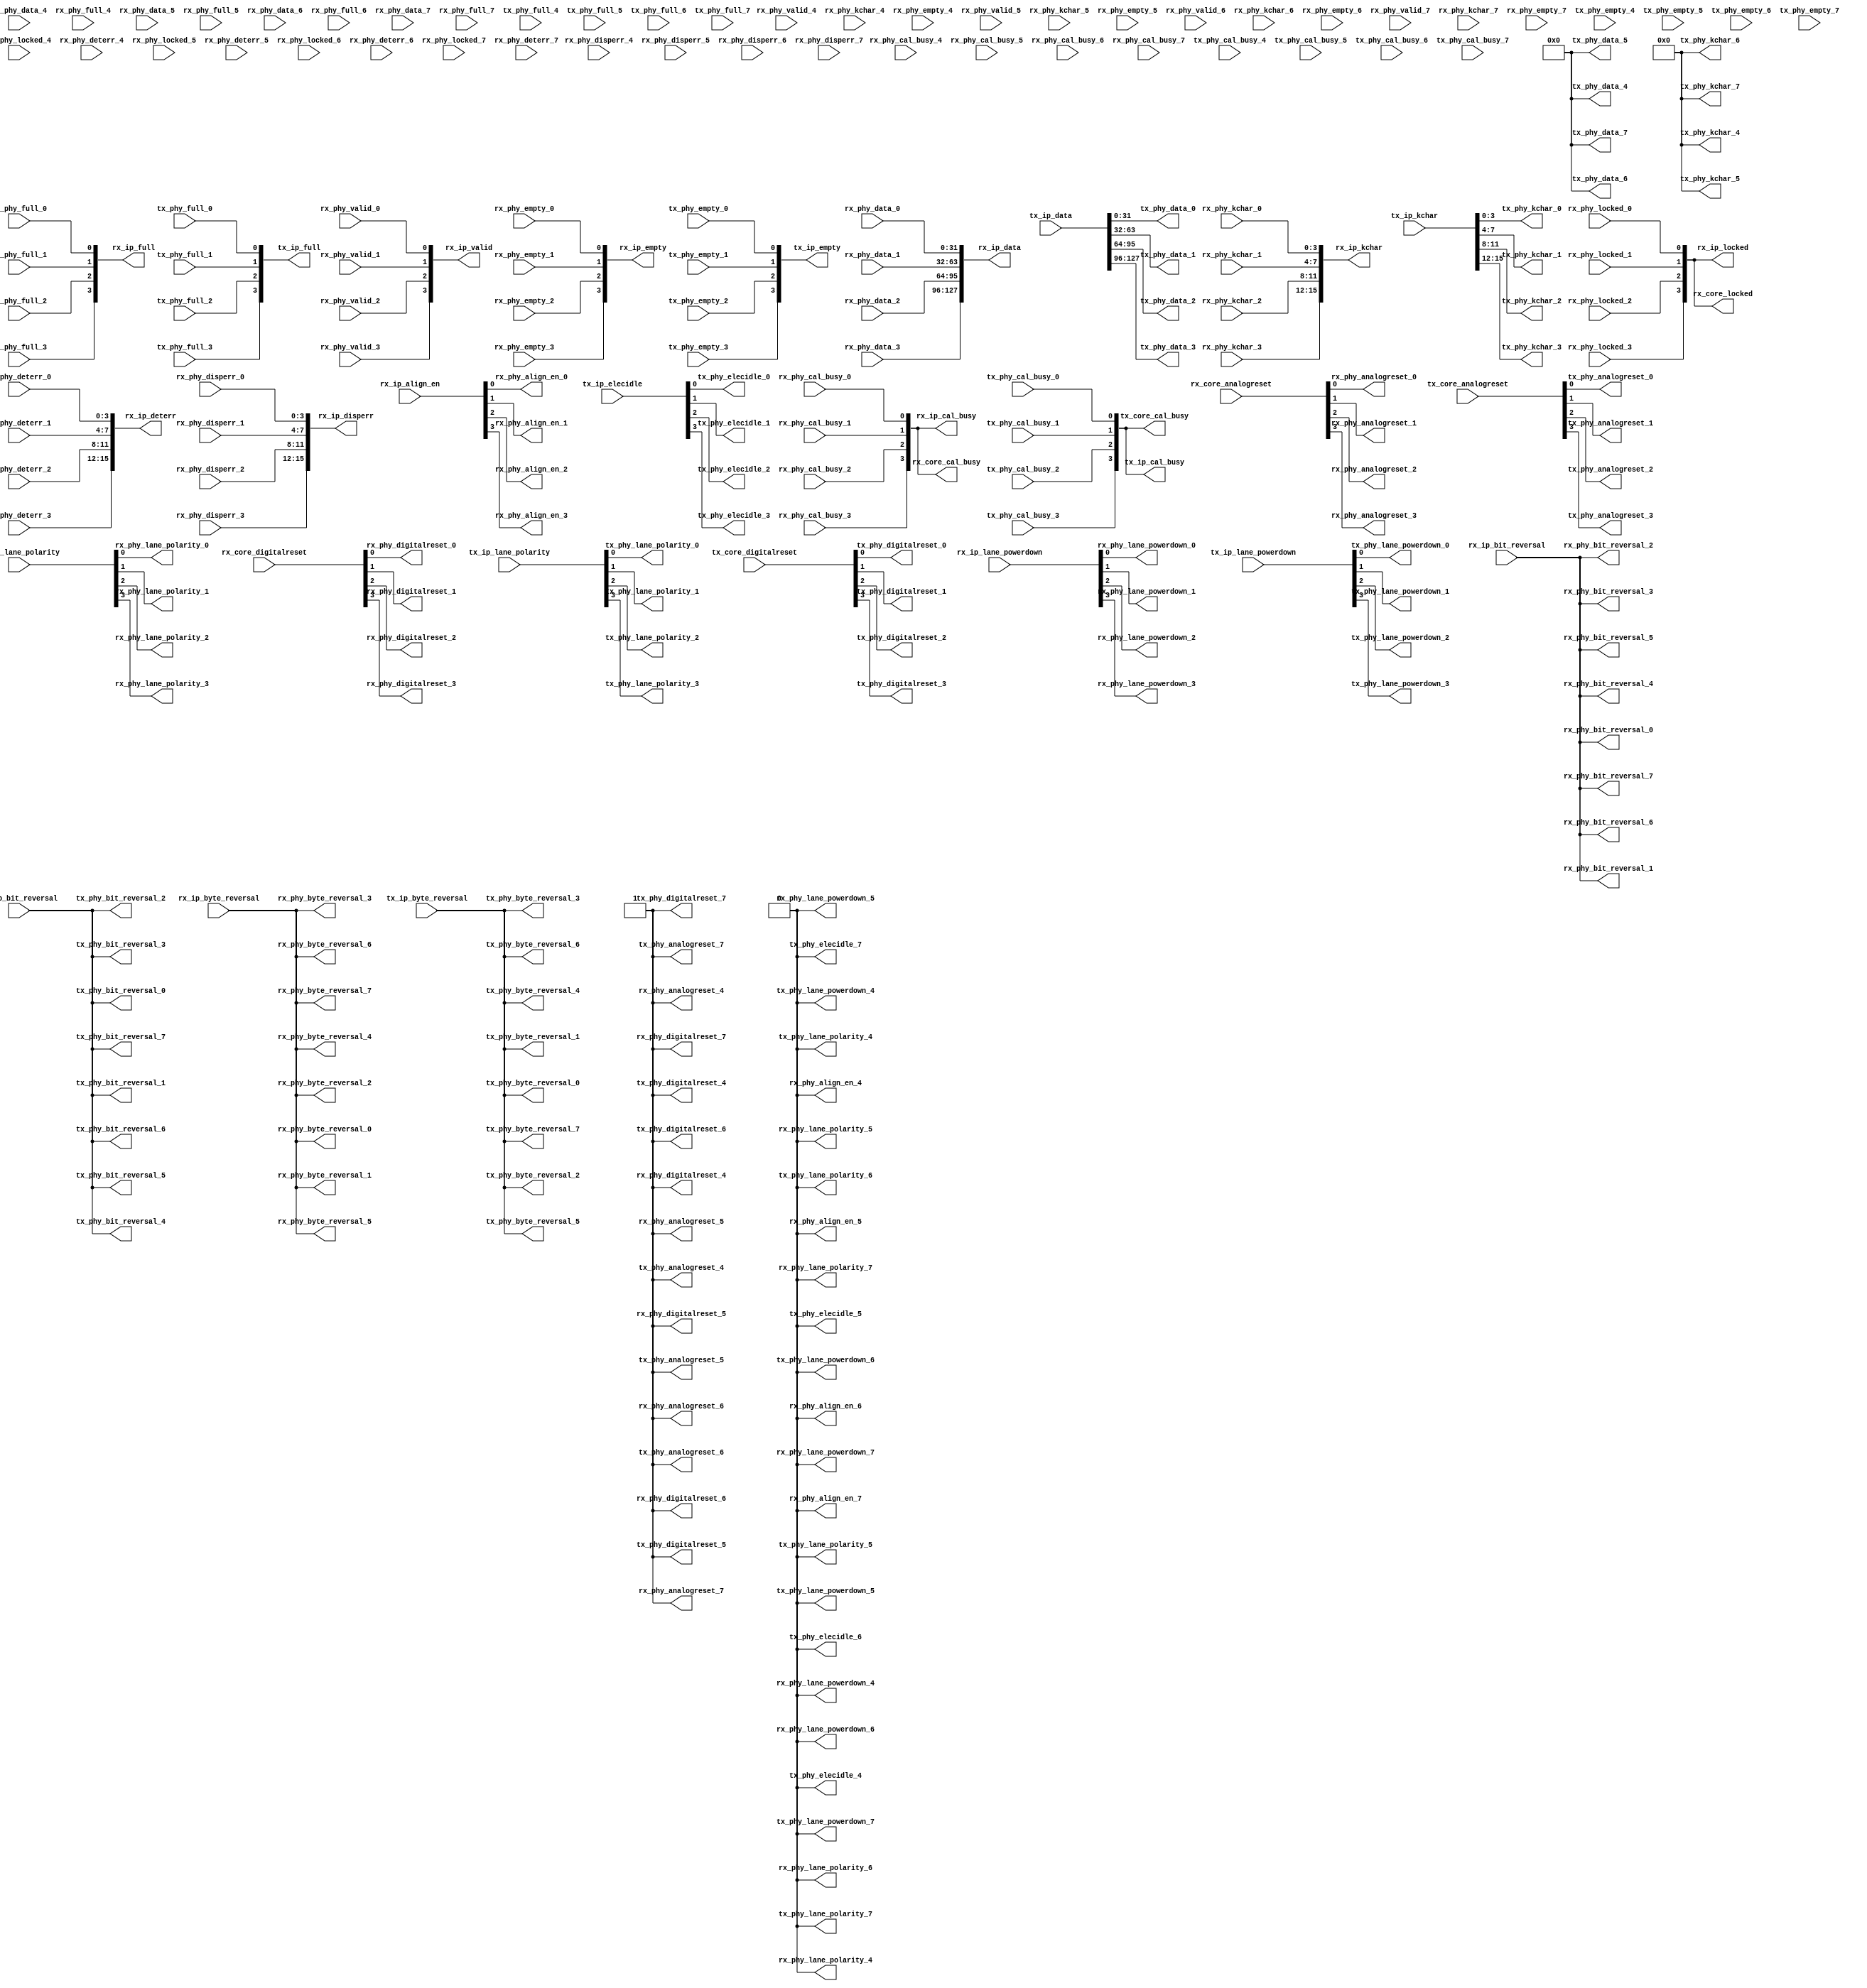
// ***************************************************************************
// ***************************************************************************
// Copyright 2014 - 2017 (c) Analog Devices, Inc. All rights reserved.
//
// In this HDL repository, there are many different and unique modules, consisting
// of various HDL (Verilog or VHDL) components. The individual modules are
// developed independently, and may be accompanied by separate and unique license
// terms.
//
// The user should read each of these license terms, and understand the
// freedoms and responsibilities that he or she has by using this source/core.
//
// This core is distributed in the hope that it will be useful, but WITHOUT ANY
// WARRANTY; without even the implied warranty of MERCHANTABILITY or FITNESS FOR
// A PARTICULAR PURPOSE.
//
// Redistribution and use of source or resulting binaries, with or without modification
// of this file, are permitted under one of the following two license terms:
//
//   1. The GNU General Public License version 2 as published by the
//      Free Software Foundation, which can be found in the top level directory
//      of this repository (LICENSE_GPL2), and also online at:
//      <https://www.gnu.org/licenses/old-licenses/gpl-2.0.html>
//
// OR
//
//   2. An ADI specific BSD license, which can be found in the top level directory
//      of this repository (LICENSE_ADIBSD), and also on-line at:
//      https://github.com/analogdevicesinc/hdl/blob/master/LICENSE_ADIBSD
//      This will allow to generate bit files and not release the source code,
//      as long as it attaches to an ADI device.
//
// ***************************************************************************
// ***************************************************************************
// AUTO GENERATED BY avl_adxphy.pl, DO NOT MODIFY!

`timescale 1ns/1ps

module avl_adxphy #(

  // parameters

  parameter   integer NUM_OF_LANES = 4
) (

  // rx-ip interface

  output  [((NUM_OF_LANES* 1)-1):0]   rx_ip_locked,
  output  [((NUM_OF_LANES* 1)-1):0]   rx_ip_cal_busy,
  output  [((NUM_OF_LANES* 1)-1):0]   rx_ip_valid,
  output  [((NUM_OF_LANES*32)-1):0]   rx_ip_data,
  output  [((NUM_OF_LANES* 4)-1):0]   rx_ip_disperr,
  output  [((NUM_OF_LANES* 4)-1):0]   rx_ip_deterr,
  output  [((NUM_OF_LANES* 4)-1):0]   rx_ip_kchar,
  output  [((NUM_OF_LANES* 1)-1):0]   rx_ip_full,
  output  [((NUM_OF_LANES* 1)-1):0]   rx_ip_empty,
  input   [((NUM_OF_LANES* 1)-1):0]   rx_ip_align_en,
  input   [((NUM_OF_LANES* 1)-1):0]   rx_ip_lane_polarity,
  input   [((NUM_OF_LANES* 1)-1):0]   rx_ip_lane_powerdown,
  input                               rx_ip_bit_reversal,
  input                               rx_ip_byte_reversal,

  // rx-phy interface(s)

  input                               rx_phy_locked_0,
  input                               rx_phy_cal_busy_0,
  input                               rx_phy_valid_0,
  input   [31:0]                      rx_phy_data_0,
  input   [ 3:0]                      rx_phy_disperr_0,
  input   [ 3:0]                      rx_phy_deterr_0,
  input   [ 3:0]                      rx_phy_kchar_0,
  input                               rx_phy_full_0,
  input                               rx_phy_empty_0,
  output                              rx_phy_align_en_0,
  output                              rx_phy_lane_polarity_0,
  output                              rx_phy_lane_powerdown_0,
  output                              rx_phy_bit_reversal_0,
  output                              rx_phy_byte_reversal_0,
  output                              rx_phy_analogreset_0,
  output                              rx_phy_digitalreset_0,

  input                               rx_phy_locked_1,
  input                               rx_phy_cal_busy_1,
  input                               rx_phy_valid_1,
  input   [31:0]                      rx_phy_data_1,
  input   [ 3:0]                      rx_phy_disperr_1,
  input   [ 3:0]                      rx_phy_deterr_1,
  input   [ 3:0]                      rx_phy_kchar_1,
  input                               rx_phy_full_1,
  input                               rx_phy_empty_1,
  output                              rx_phy_align_en_1,
  output                              rx_phy_lane_polarity_1,
  output                              rx_phy_lane_powerdown_1,
  output                              rx_phy_bit_reversal_1,
  output                              rx_phy_byte_reversal_1,
  output                              rx_phy_analogreset_1,
  output                              rx_phy_digitalreset_1,

  input                               rx_phy_locked_2,
  input                               rx_phy_cal_busy_2,
  input                               rx_phy_valid_2,
  input   [31:0]                      rx_phy_data_2,
  input   [ 3:0]                      rx_phy_disperr_2,
  input   [ 3:0]                      rx_phy_deterr_2,
  input   [ 3:0]                      rx_phy_kchar_2,
  input                               rx_phy_full_2,
  input                               rx_phy_empty_2,
  output                              rx_phy_align_en_2,
  output                              rx_phy_lane_polarity_2,
  output                              rx_phy_lane_powerdown_2,
  output                              rx_phy_bit_reversal_2,
  output                              rx_phy_byte_reversal_2,
  output                              rx_phy_analogreset_2,
  output                              rx_phy_digitalreset_2,

  input                               rx_phy_locked_3,
  input                               rx_phy_cal_busy_3,
  input                               rx_phy_valid_3,
  input   [31:0]                      rx_phy_data_3,
  input   [ 3:0]                      rx_phy_disperr_3,
  input   [ 3:0]                      rx_phy_deterr_3,
  input   [ 3:0]                      rx_phy_kchar_3,
  input                               rx_phy_full_3,
  input                               rx_phy_empty_3,
  output                              rx_phy_align_en_3,
  output                              rx_phy_lane_polarity_3,
  output                              rx_phy_lane_powerdown_3,
  output                              rx_phy_bit_reversal_3,
  output                              rx_phy_byte_reversal_3,
  output                              rx_phy_analogreset_3,
  output                              rx_phy_digitalreset_3,

  input                               rx_phy_locked_4,
  input                               rx_phy_cal_busy_4,
  input                               rx_phy_valid_4,
  input   [31:0]                      rx_phy_data_4,
  input   [ 3:0]                      rx_phy_disperr_4,
  input   [ 3:0]                      rx_phy_deterr_4,
  input   [ 3:0]                      rx_phy_kchar_4,
  input                               rx_phy_full_4,
  input                               rx_phy_empty_4,
  output                              rx_phy_align_en_4,
  output                              rx_phy_lane_polarity_4,
  output                              rx_phy_lane_powerdown_4,
  output                              rx_phy_bit_reversal_4,
  output                              rx_phy_byte_reversal_4,
  output                              rx_phy_analogreset_4,
  output                              rx_phy_digitalreset_4,

  input                               rx_phy_locked_5,
  input                               rx_phy_cal_busy_5,
  input                               rx_phy_valid_5,
  input   [31:0]                      rx_phy_data_5,
  input   [ 3:0]                      rx_phy_disperr_5,
  input   [ 3:0]                      rx_phy_deterr_5,
  input   [ 3:0]                      rx_phy_kchar_5,
  input                               rx_phy_full_5,
  input                               rx_phy_empty_5,
  output                              rx_phy_align_en_5,
  output                              rx_phy_lane_polarity_5,
  output                              rx_phy_lane_powerdown_5,
  output                              rx_phy_bit_reversal_5,
  output                              rx_phy_byte_reversal_5,
  output                              rx_phy_analogreset_5,
  output                              rx_phy_digitalreset_5,

  input                               rx_phy_locked_6,
  input                               rx_phy_cal_busy_6,
  input                               rx_phy_valid_6,
  input   [31:0]                      rx_phy_data_6,
  input   [ 3:0]                      rx_phy_disperr_6,
  input   [ 3:0]                      rx_phy_deterr_6,
  input   [ 3:0]                      rx_phy_kchar_6,
  input                               rx_phy_full_6,
  input                               rx_phy_empty_6,
  output                              rx_phy_align_en_6,
  output                              rx_phy_lane_polarity_6,
  output                              rx_phy_lane_powerdown_6,
  output                              rx_phy_bit_reversal_6,
  output                              rx_phy_byte_reversal_6,
  output                              rx_phy_analogreset_6,
  output                              rx_phy_digitalreset_6,

  input                               rx_phy_locked_7,
  input                               rx_phy_cal_busy_7,
  input                               rx_phy_valid_7,
  input   [31:0]                      rx_phy_data_7,
  input   [ 3:0]                      rx_phy_disperr_7,
  input   [ 3:0]                      rx_phy_deterr_7,
  input   [ 3:0]                      rx_phy_kchar_7,
  input                               rx_phy_full_7,
  input                               rx_phy_empty_7,
  output                              rx_phy_align_en_7,
  output                              rx_phy_lane_polarity_7,
  output                              rx_phy_lane_powerdown_7,
  output                              rx_phy_bit_reversal_7,
  output                              rx_phy_byte_reversal_7,
  output                              rx_phy_analogreset_7,
  output                              rx_phy_digitalreset_7,

  // rx-core interface

  input   [((NUM_OF_LANES* 1)-1):0]   rx_core_analogreset,
  input   [((NUM_OF_LANES* 1)-1):0]   rx_core_digitalreset,
  output  [((NUM_OF_LANES* 1)-1):0]   rx_core_locked,
  output  [((NUM_OF_LANES* 1)-1):0]   rx_core_cal_busy,

  // tx-ip interface

  output  [((NUM_OF_LANES* 1)-1):0]   tx_ip_cal_busy,
  output  [((NUM_OF_LANES* 1)-1):0]   tx_ip_full,
  output  [((NUM_OF_LANES* 1)-1):0]   tx_ip_empty,
  input   [((NUM_OF_LANES*32)-1):0]   tx_ip_data,
  input   [((NUM_OF_LANES* 4)-1):0]   tx_ip_kchar,
  input   [((NUM_OF_LANES* 1)-1):0]   tx_ip_elecidle,
  input   [((NUM_OF_LANES* 1)-1):0]   tx_ip_lane_polarity,
  input   [((NUM_OF_LANES* 1)-1):0]   tx_ip_lane_powerdown,
  input                               tx_ip_bit_reversal,
  input                               tx_ip_byte_reversal,

  // tx-phy interface

  input                               tx_phy_cal_busy_0,
  input                               tx_phy_full_0,
  input                               tx_phy_empty_0,
  output  [31:0]                      tx_phy_data_0,
  output  [ 3:0]                      tx_phy_kchar_0,
  output                              tx_phy_elecidle_0,
  output                              tx_phy_lane_polarity_0,
  output                              tx_phy_lane_powerdown_0,
  output                              tx_phy_bit_reversal_0,
  output                              tx_phy_byte_reversal_0,
  output                              tx_phy_analogreset_0,
  output                              tx_phy_digitalreset_0,

  input                               tx_phy_cal_busy_1,
  input                               tx_phy_full_1,
  input                               tx_phy_empty_1,
  output  [31:0]                      tx_phy_data_1,
  output  [ 3:0]                      tx_phy_kchar_1,
  output                              tx_phy_elecidle_1,
  output                              tx_phy_lane_polarity_1,
  output                              tx_phy_lane_powerdown_1,
  output                              tx_phy_bit_reversal_1,
  output                              tx_phy_byte_reversal_1,
  output                              tx_phy_analogreset_1,
  output                              tx_phy_digitalreset_1,

  input                               tx_phy_cal_busy_2,
  input                               tx_phy_full_2,
  input                               tx_phy_empty_2,
  output  [31:0]                      tx_phy_data_2,
  output  [ 3:0]                      tx_phy_kchar_2,
  output                              tx_phy_elecidle_2,
  output                              tx_phy_lane_polarity_2,
  output                              tx_phy_lane_powerdown_2,
  output                              tx_phy_bit_reversal_2,
  output                              tx_phy_byte_reversal_2,
  output                              tx_phy_analogreset_2,
  output                              tx_phy_digitalreset_2,

  input                               tx_phy_cal_busy_3,
  input                               tx_phy_full_3,
  input                               tx_phy_empty_3,
  output  [31:0]                      tx_phy_data_3,
  output  [ 3:0]                      tx_phy_kchar_3,
  output                              tx_phy_elecidle_3,
  output                              tx_phy_lane_polarity_3,
  output                              tx_phy_lane_powerdown_3,
  output                              tx_phy_bit_reversal_3,
  output                              tx_phy_byte_reversal_3,
  output                              tx_phy_analogreset_3,
  output                              tx_phy_digitalreset_3,

  input                               tx_phy_cal_busy_4,
  input                               tx_phy_full_4,
  input                               tx_phy_empty_4,
  output  [31:0]                      tx_phy_data_4,
  output  [ 3:0]                      tx_phy_kchar_4,
  output                              tx_phy_elecidle_4,
  output                              tx_phy_lane_polarity_4,
  output                              tx_phy_lane_powerdown_4,
  output                              tx_phy_bit_reversal_4,
  output                              tx_phy_byte_reversal_4,
  output                              tx_phy_analogreset_4,
  output                              tx_phy_digitalreset_4,

  input                               tx_phy_cal_busy_5,
  input                               tx_phy_full_5,
  input                               tx_phy_empty_5,
  output  [31:0]                      tx_phy_data_5,
  output  [ 3:0]                      tx_phy_kchar_5,
  output                              tx_phy_elecidle_5,
  output                              tx_phy_lane_polarity_5,
  output                              tx_phy_lane_powerdown_5,
  output                              tx_phy_bit_reversal_5,
  output                              tx_phy_byte_reversal_5,
  output                              tx_phy_analogreset_5,
  output                              tx_phy_digitalreset_5,

  input                               tx_phy_cal_busy_6,
  input                               tx_phy_full_6,
  input                               tx_phy_empty_6,
  output  [31:0]                      tx_phy_data_6,
  output  [ 3:0]                      tx_phy_kchar_6,
  output                              tx_phy_elecidle_6,
  output                              tx_phy_lane_polarity_6,
  output                              tx_phy_lane_powerdown_6,
  output                              tx_phy_bit_reversal_6,
  output                              tx_phy_byte_reversal_6,
  output                              tx_phy_analogreset_6,
  output                              tx_phy_digitalreset_6,

  input                               tx_phy_cal_busy_7,
  input                               tx_phy_full_7,
  input                               tx_phy_empty_7,
  output  [31:0]                      tx_phy_data_7,
  output  [ 3:0]                      tx_phy_kchar_7,
  output                              tx_phy_elecidle_7,
  output                              tx_phy_lane_polarity_7,
  output                              tx_phy_lane_powerdown_7,
  output                              tx_phy_bit_reversal_7,
  output                              tx_phy_byte_reversal_7,
  output                              tx_phy_analogreset_7,
  output                              tx_phy_digitalreset_7,

  // tx-core interface

  input   [((NUM_OF_LANES* 1)-1):0]   tx_core_analogreset,
  input   [((NUM_OF_LANES* 1)-1):0]   tx_core_digitalreset,
  output  [((NUM_OF_LANES* 1)-1):0]   tx_core_cal_busy
);

  // rx assignments

  generate
  if (NUM_OF_LANES > 0) begin
  assign rx_core_locked[0] = rx_phy_locked_0;
  assign rx_core_cal_busy[0] = rx_phy_cal_busy_0;
  assign rx_ip_locked[0] = rx_phy_locked_0;
  assign rx_ip_cal_busy[0] = rx_phy_cal_busy_0;
  assign rx_ip_valid[0] = rx_phy_valid_0;
  assign rx_ip_data[((32*1)-1):(32*0)] = rx_phy_data_0;
  assign rx_ip_disperr[((4*1)-1):(4*0)] = rx_phy_disperr_0;
  assign rx_ip_deterr[((4*1)-1):(4*0)] = rx_phy_deterr_0;
  assign rx_ip_kchar[((4*1)-1):(4*0)] = rx_phy_kchar_0;
  assign rx_ip_full[0] = rx_phy_full_0;
  assign rx_ip_empty[0] = rx_phy_empty_0;
  end
  endgenerate

  generate
  if (NUM_OF_LANES > 0) begin
  assign rx_phy_align_en_0 = rx_ip_align_en[0];
  assign rx_phy_lane_polarity_0 = rx_ip_lane_polarity[0];
  assign rx_phy_lane_powerdown_0 = rx_ip_lane_powerdown[0];
  assign rx_phy_analogreset_0 = rx_core_analogreset[0];
  assign rx_phy_digitalreset_0 = rx_core_digitalreset[0];
  end else begin
  assign rx_phy_align_en_0 = 1'd0;
  assign rx_phy_lane_polarity_0 = 1'd0;
  assign rx_phy_lane_powerdown_0 = 1'd0;
  assign rx_phy_analogreset_0 = 1'd1;
  assign rx_phy_digitalreset_0 = 1'd1;
  end
  endgenerate

  assign rx_phy_bit_reversal_0 = rx_ip_bit_reversal;
  assign rx_phy_byte_reversal_0 = rx_ip_byte_reversal;

  generate
  if (NUM_OF_LANES > 1) begin
  assign rx_core_locked[1] = rx_phy_locked_1;
  assign rx_core_cal_busy[1] = rx_phy_cal_busy_1;
  assign rx_ip_locked[1] = rx_phy_locked_1;
  assign rx_ip_cal_busy[1] = rx_phy_cal_busy_1;
  assign rx_ip_valid[1] = rx_phy_valid_1;
  assign rx_ip_data[((32*2)-1):(32*1)] = rx_phy_data_1;
  assign rx_ip_disperr[((4*2)-1):(4*1)] = rx_phy_disperr_1;
  assign rx_ip_deterr[((4*2)-1):(4*1)] = rx_phy_deterr_1;
  assign rx_ip_kchar[((4*2)-1):(4*1)] = rx_phy_kchar_1;
  assign rx_ip_full[1] = rx_phy_full_1;
  assign rx_ip_empty[1] = rx_phy_empty_1;
  end
  endgenerate

  generate
  if (NUM_OF_LANES > 1) begin
  assign rx_phy_align_en_1 = rx_ip_align_en[1];
  assign rx_phy_lane_polarity_1 = rx_ip_lane_polarity[1];
  assign rx_phy_lane_powerdown_1 = rx_ip_lane_powerdown[1];
  assign rx_phy_analogreset_1 = rx_core_analogreset[1];
  assign rx_phy_digitalreset_1 = rx_core_digitalreset[1];
  end else begin
  assign rx_phy_align_en_1 = 1'd0;
  assign rx_phy_lane_polarity_1 = 1'd0;
  assign rx_phy_lane_powerdown_1 = 1'd0;
  assign rx_phy_analogreset_1 = 1'd1;
  assign rx_phy_digitalreset_1 = 1'd1;
  end
  endgenerate

  assign rx_phy_bit_reversal_1 = rx_ip_bit_reversal;
  assign rx_phy_byte_reversal_1 = rx_ip_byte_reversal;

  generate
  if (NUM_OF_LANES > 2) begin
  assign rx_core_locked[2] = rx_phy_locked_2;
  assign rx_core_cal_busy[2] = rx_phy_cal_busy_2;
  assign rx_ip_locked[2] = rx_phy_locked_2;
  assign rx_ip_cal_busy[2] = rx_phy_cal_busy_2;
  assign rx_ip_valid[2] = rx_phy_valid_2;
  assign rx_ip_data[((32*3)-1):(32*2)] = rx_phy_data_2;
  assign rx_ip_disperr[((4*3)-1):(4*2)] = rx_phy_disperr_2;
  assign rx_ip_deterr[((4*3)-1):(4*2)] = rx_phy_deterr_2;
  assign rx_ip_kchar[((4*3)-1):(4*2)] = rx_phy_kchar_2;
  assign rx_ip_full[2] = rx_phy_full_2;
  assign rx_ip_empty[2] = rx_phy_empty_2;
  end
  endgenerate

  generate
  if (NUM_OF_LANES > 2) begin
  assign rx_phy_align_en_2 = rx_ip_align_en[2];
  assign rx_phy_lane_polarity_2 = rx_ip_lane_polarity[2];
  assign rx_phy_lane_powerdown_2 = rx_ip_lane_powerdown[2];
  assign rx_phy_analogreset_2 = rx_core_analogreset[2];
  assign rx_phy_digitalreset_2 = rx_core_digitalreset[2];
  end else begin
  assign rx_phy_align_en_2 = 1'd0;
  assign rx_phy_lane_polarity_2 = 1'd0;
  assign rx_phy_lane_powerdown_2 = 1'd0;
  assign rx_phy_analogreset_2 = 1'd1;
  assign rx_phy_digitalreset_2 = 1'd1;
  end
  endgenerate

  assign rx_phy_bit_reversal_2 = rx_ip_bit_reversal;
  assign rx_phy_byte_reversal_2 = rx_ip_byte_reversal;

  generate
  if (NUM_OF_LANES > 3) begin
  assign rx_core_locked[3] = rx_phy_locked_3;
  assign rx_core_cal_busy[3] = rx_phy_cal_busy_3;
  assign rx_ip_locked[3] = rx_phy_locked_3;
  assign rx_ip_cal_busy[3] = rx_phy_cal_busy_3;
  assign rx_ip_valid[3] = rx_phy_valid_3;
  assign rx_ip_data[((32*4)-1):(32*3)] = rx_phy_data_3;
  assign rx_ip_disperr[((4*4)-1):(4*3)] = rx_phy_disperr_3;
  assign rx_ip_deterr[((4*4)-1):(4*3)] = rx_phy_deterr_3;
  assign rx_ip_kchar[((4*4)-1):(4*3)] = rx_phy_kchar_3;
  assign rx_ip_full[3] = rx_phy_full_3;
  assign rx_ip_empty[3] = rx_phy_empty_3;
  end
  endgenerate

  generate
  if (NUM_OF_LANES > 3) begin
  assign rx_phy_align_en_3 = rx_ip_align_en[3];
  assign rx_phy_lane_polarity_3 = rx_ip_lane_polarity[3];
  assign rx_phy_lane_powerdown_3 = rx_ip_lane_powerdown[3];
  assign rx_phy_analogreset_3 = rx_core_analogreset[3];
  assign rx_phy_digitalreset_3 = rx_core_digitalreset[3];
  end else begin
  assign rx_phy_align_en_3 = 1'd0;
  assign rx_phy_lane_polarity_3 = 1'd0;
  assign rx_phy_lane_powerdown_3 = 1'd0;
  assign rx_phy_analogreset_3 = 1'd1;
  assign rx_phy_digitalreset_3 = 1'd1;
  end
  endgenerate

  assign rx_phy_bit_reversal_3 = rx_ip_bit_reversal;
  assign rx_phy_byte_reversal_3 = rx_ip_byte_reversal;

  generate
  if (NUM_OF_LANES > 4) begin
  assign rx_core_locked[4] = rx_phy_locked_4;
  assign rx_core_cal_busy[4] = rx_phy_cal_busy_4;
  assign rx_ip_locked[4] = rx_phy_locked_4;
  assign rx_ip_cal_busy[4] = rx_phy_cal_busy_4;
  assign rx_ip_valid[4] = rx_phy_valid_4;
  assign rx_ip_data[((32*5)-1):(32*4)] = rx_phy_data_4;
  assign rx_ip_disperr[((4*5)-1):(4*4)] = rx_phy_disperr_4;
  assign rx_ip_deterr[((4*5)-1):(4*4)] = rx_phy_deterr_4;
  assign rx_ip_kchar[((4*5)-1):(4*4)] = rx_phy_kchar_4;
  assign rx_ip_full[4] = rx_phy_full_4;
  assign rx_ip_empty[4] = rx_phy_empty_4;
  end
  endgenerate

  generate
  if (NUM_OF_LANES > 4) begin
  assign rx_phy_align_en_4 = rx_ip_align_en[4];
  assign rx_phy_lane_polarity_4 = rx_ip_lane_polarity[4];
  assign rx_phy_lane_powerdown_4 = rx_ip_lane_powerdown[4];
  assign rx_phy_analogreset_4 = rx_core_analogreset[4];
  assign rx_phy_digitalreset_4 = rx_core_digitalreset[4];
  end else begin
  assign rx_phy_align_en_4 = 1'd0;
  assign rx_phy_lane_polarity_4 = 1'd0;
  assign rx_phy_lane_powerdown_4 = 1'd0;
  assign rx_phy_analogreset_4 = 1'd1;
  assign rx_phy_digitalreset_4 = 1'd1;
  end
  endgenerate

  assign rx_phy_bit_reversal_4 = rx_ip_bit_reversal;
  assign rx_phy_byte_reversal_4 = rx_ip_byte_reversal;

  generate
  if (NUM_OF_LANES > 5) begin
  assign rx_core_locked[5] = rx_phy_locked_5;
  assign rx_core_cal_busy[5] = rx_phy_cal_busy_5;
  assign rx_ip_locked[5] = rx_phy_locked_5;
  assign rx_ip_cal_busy[5] = rx_phy_cal_busy_5;
  assign rx_ip_valid[5] = rx_phy_valid_5;
  assign rx_ip_data[((32*6)-1):(32*5)] = rx_phy_data_5;
  assign rx_ip_disperr[((4*6)-1):(4*5)] = rx_phy_disperr_5;
  assign rx_ip_deterr[((4*6)-1):(4*5)] = rx_phy_deterr_5;
  assign rx_ip_kchar[((4*6)-1):(4*5)] = rx_phy_kchar_5;
  assign rx_ip_full[5] = rx_phy_full_5;
  assign rx_ip_empty[5] = rx_phy_empty_5;
  end
  endgenerate

  generate
  if (NUM_OF_LANES > 5) begin
  assign rx_phy_align_en_5 = rx_ip_align_en[5];
  assign rx_phy_lane_polarity_5 = rx_ip_lane_polarity[5];
  assign rx_phy_lane_powerdown_5 = rx_ip_lane_powerdown[5];
  assign rx_phy_analogreset_5 = rx_core_analogreset[5];
  assign rx_phy_digitalreset_5 = rx_core_digitalreset[5];
  end else begin
  assign rx_phy_align_en_5 = 1'd0;
  assign rx_phy_lane_polarity_5 = 1'd0;
  assign rx_phy_lane_powerdown_5 = 1'd0;
  assign rx_phy_analogreset_5 = 1'd1;
  assign rx_phy_digitalreset_5 = 1'd1;
  end
  endgenerate

  assign rx_phy_bit_reversal_5 = rx_ip_bit_reversal;
  assign rx_phy_byte_reversal_5 = rx_ip_byte_reversal;

  generate
  if (NUM_OF_LANES > 6) begin
  assign rx_core_locked[6] = rx_phy_locked_6;
  assign rx_core_cal_busy[6] = rx_phy_cal_busy_6;
  assign rx_ip_locked[6] = rx_phy_locked_6;
  assign rx_ip_cal_busy[6] = rx_phy_cal_busy_6;
  assign rx_ip_valid[6] = rx_phy_valid_6;
  assign rx_ip_data[((32*7)-1):(32*6)] = rx_phy_data_6;
  assign rx_ip_disperr[((4*7)-1):(4*6)] = rx_phy_disperr_6;
  assign rx_ip_deterr[((4*7)-1):(4*6)] = rx_phy_deterr_6;
  assign rx_ip_kchar[((4*7)-1):(4*6)] = rx_phy_kchar_6;
  assign rx_ip_full[6] = rx_phy_full_6;
  assign rx_ip_empty[6] = rx_phy_empty_6;
  end
  endgenerate

  generate
  if (NUM_OF_LANES > 6) begin
  assign rx_phy_align_en_6 = rx_ip_align_en[6];
  assign rx_phy_lane_polarity_6 = rx_ip_lane_polarity[6];
  assign rx_phy_lane_powerdown_6 = rx_ip_lane_powerdown[6];
  assign rx_phy_analogreset_6 = rx_core_analogreset[6];
  assign rx_phy_digitalreset_6 = rx_core_digitalreset[6];
  end else begin
  assign rx_phy_align_en_6 = 1'd0;
  assign rx_phy_lane_polarity_6 = 1'd0;
  assign rx_phy_lane_powerdown_6 = 1'd0;
  assign rx_phy_analogreset_6 = 1'd1;
  assign rx_phy_digitalreset_6 = 1'd1;
  end
  endgenerate

  assign rx_phy_bit_reversal_6 = rx_ip_bit_reversal;
  assign rx_phy_byte_reversal_6 = rx_ip_byte_reversal;

  generate
  if (NUM_OF_LANES > 7) begin
  assign rx_core_locked[7] = rx_phy_locked_7;
  assign rx_core_cal_busy[7] = rx_phy_cal_busy_7;
  assign rx_ip_locked[7] = rx_phy_locked_7;
  assign rx_ip_cal_busy[7] = rx_phy_cal_busy_7;
  assign rx_ip_valid[7] = rx_phy_valid_7;
  assign rx_ip_data[((32*8)-1):(32*7)] = rx_phy_data_7;
  assign rx_ip_disperr[((4*8)-1):(4*7)] = rx_phy_disperr_7;
  assign rx_ip_deterr[((4*8)-1):(4*7)] = rx_phy_deterr_7;
  assign rx_ip_kchar[((4*8)-1):(4*7)] = rx_phy_kchar_7;
  assign rx_ip_full[7] = rx_phy_full_7;
  assign rx_ip_empty[7] = rx_phy_empty_7;
  end
  endgenerate

  generate
  if (NUM_OF_LANES > 7) begin
  assign rx_phy_align_en_7 = rx_ip_align_en[7];
  assign rx_phy_lane_polarity_7 = rx_ip_lane_polarity[7];
  assign rx_phy_lane_powerdown_7 = rx_ip_lane_powerdown[7];
  assign rx_phy_analogreset_7 = rx_core_analogreset[7];
  assign rx_phy_digitalreset_7 = rx_core_digitalreset[7];
  end else begin
  assign rx_phy_align_en_7 = 1'd0;
  assign rx_phy_lane_polarity_7 = 1'd0;
  assign rx_phy_lane_powerdown_7 = 1'd0;
  assign rx_phy_analogreset_7 = 1'd1;
  assign rx_phy_digitalreset_7 = 1'd1;
  end
  endgenerate

  assign rx_phy_bit_reversal_7 = rx_ip_bit_reversal;
  assign rx_phy_byte_reversal_7 = rx_ip_byte_reversal;

  // tx assignments

  generate
  if (NUM_OF_LANES > 0) begin
  assign tx_core_cal_busy[0] = tx_phy_cal_busy_0;
  assign tx_ip_cal_busy[0] = tx_phy_cal_busy_0;
  assign tx_ip_full[0] = tx_phy_full_0;
  assign tx_ip_empty[0] = tx_phy_empty_0;
  end
  endgenerate

  generate
  if (NUM_OF_LANES > 0) begin
  assign tx_phy_data_0 = tx_ip_data[((32*1)-1):(32*0)];
  assign tx_phy_kchar_0 = tx_ip_kchar[((4*1)-1):(4*0)];
  assign tx_phy_elecidle_0 = tx_ip_elecidle[0];
  assign tx_phy_lane_polarity_0 = tx_ip_lane_polarity[0];
  assign tx_phy_lane_powerdown_0 = tx_ip_lane_powerdown[0];
  end else begin
  assign tx_phy_data_0 = 32'd0;
  assign tx_phy_kchar_0 = 4'd0;
  assign tx_phy_elecidle_0 = 1'd0;
  assign tx_phy_lane_polarity_0 = 1'd0;
  assign tx_phy_lane_powerdown_0 = 1'd0;
  end
  endgenerate

  generate
  if (NUM_OF_LANES > 0) begin
  assign tx_phy_analogreset_0 = tx_core_analogreset[0];
  assign tx_phy_digitalreset_0 = tx_core_digitalreset[0];
  end else begin
  assign tx_phy_analogreset_0 = 1'd1;
  assign tx_phy_digitalreset_0 = 1'd1;
  end
  endgenerate

  assign tx_phy_bit_reversal_0 = tx_ip_bit_reversal;
  assign tx_phy_byte_reversal_0 = tx_ip_byte_reversal;

  generate
  if (NUM_OF_LANES > 1) begin
  assign tx_core_cal_busy[1] = tx_phy_cal_busy_1;
  assign tx_ip_cal_busy[1] = tx_phy_cal_busy_1;
  assign tx_ip_full[1] = tx_phy_full_1;
  assign tx_ip_empty[1] = tx_phy_empty_1;
  end
  endgenerate

  generate
  if (NUM_OF_LANES > 1) begin
  assign tx_phy_data_1 = tx_ip_data[((32*2)-1):(32*1)];
  assign tx_phy_kchar_1 = tx_ip_kchar[((4*2)-1):(4*1)];
  assign tx_phy_elecidle_1 = tx_ip_elecidle[1];
  assign tx_phy_lane_polarity_1 = tx_ip_lane_polarity[1];
  assign tx_phy_lane_powerdown_1 = tx_ip_lane_powerdown[1];
  end else begin
  assign tx_phy_data_1 = 32'd0;
  assign tx_phy_kchar_1 = 4'd0;
  assign tx_phy_elecidle_1 = 1'd0;
  assign tx_phy_lane_polarity_1 = 1'd0;
  assign tx_phy_lane_powerdown_1 = 1'd0;
  end
  endgenerate

  generate
  if (NUM_OF_LANES > 1) begin
  assign tx_phy_analogreset_1 = tx_core_analogreset[1];
  assign tx_phy_digitalreset_1 = tx_core_digitalreset[1];
  end else begin
  assign tx_phy_analogreset_1 = 1'd1;
  assign tx_phy_digitalreset_1 = 1'd1;
  end
  endgenerate

  assign tx_phy_bit_reversal_1 = tx_ip_bit_reversal;
  assign tx_phy_byte_reversal_1 = tx_ip_byte_reversal;

  generate
  if (NUM_OF_LANES > 2) begin
  assign tx_core_cal_busy[2] = tx_phy_cal_busy_2;
  assign tx_ip_cal_busy[2] = tx_phy_cal_busy_2;
  assign tx_ip_full[2] = tx_phy_full_2;
  assign tx_ip_empty[2] = tx_phy_empty_2;
  end
  endgenerate

  generate
  if (NUM_OF_LANES > 2) begin
  assign tx_phy_data_2 = tx_ip_data[((32*3)-1):(32*2)];
  assign tx_phy_kchar_2 = tx_ip_kchar[((4*3)-1):(4*2)];
  assign tx_phy_elecidle_2 = tx_ip_elecidle[2];
  assign tx_phy_lane_polarity_2 = tx_ip_lane_polarity[2];
  assign tx_phy_lane_powerdown_2 = tx_ip_lane_powerdown[2];
  end else begin
  assign tx_phy_data_2 = 32'd0;
  assign tx_phy_kchar_2 = 4'd0;
  assign tx_phy_elecidle_2 = 1'd0;
  assign tx_phy_lane_polarity_2 = 1'd0;
  assign tx_phy_lane_powerdown_2 = 1'd0;
  end
  endgenerate

  generate
  if (NUM_OF_LANES > 2) begin
  assign tx_phy_analogreset_2 = tx_core_analogreset[2];
  assign tx_phy_digitalreset_2 = tx_core_digitalreset[2];
  end else begin
  assign tx_phy_analogreset_2 = 1'd1;
  assign tx_phy_digitalreset_2 = 1'd1;
  end
  endgenerate

  assign tx_phy_bit_reversal_2 = tx_ip_bit_reversal;
  assign tx_phy_byte_reversal_2 = tx_ip_byte_reversal;

  generate
  if (NUM_OF_LANES > 3) begin
  assign tx_core_cal_busy[3] = tx_phy_cal_busy_3;
  assign tx_ip_cal_busy[3] = tx_phy_cal_busy_3;
  assign tx_ip_full[3] = tx_phy_full_3;
  assign tx_ip_empty[3] = tx_phy_empty_3;
  end
  endgenerate

  generate
  if (NUM_OF_LANES > 3) begin
  assign tx_phy_data_3 = tx_ip_data[((32*4)-1):(32*3)];
  assign tx_phy_kchar_3 = tx_ip_kchar[((4*4)-1):(4*3)];
  assign tx_phy_elecidle_3 = tx_ip_elecidle[3];
  assign tx_phy_lane_polarity_3 = tx_ip_lane_polarity[3];
  assign tx_phy_lane_powerdown_3 = tx_ip_lane_powerdown[3];
  end else begin
  assign tx_phy_data_3 = 32'd0;
  assign tx_phy_kchar_3 = 4'd0;
  assign tx_phy_elecidle_3 = 1'd0;
  assign tx_phy_lane_polarity_3 = 1'd0;
  assign tx_phy_lane_powerdown_3 = 1'd0;
  end
  endgenerate

  generate
  if (NUM_OF_LANES > 3) begin
  assign tx_phy_analogreset_3 = tx_core_analogreset[3];
  assign tx_phy_digitalreset_3 = tx_core_digitalreset[3];
  end else begin
  assign tx_phy_analogreset_3 = 1'd1;
  assign tx_phy_digitalreset_3 = 1'd1;
  end
  endgenerate

  assign tx_phy_bit_reversal_3 = tx_ip_bit_reversal;
  assign tx_phy_byte_reversal_3 = tx_ip_byte_reversal;

  generate
  if (NUM_OF_LANES > 4) begin
  assign tx_core_cal_busy[4] = tx_phy_cal_busy_4;
  assign tx_ip_cal_busy[4] = tx_phy_cal_busy_4;
  assign tx_ip_full[4] = tx_phy_full_4;
  assign tx_ip_empty[4] = tx_phy_empty_4;
  end
  endgenerate

  generate
  if (NUM_OF_LANES > 4) begin
  assign tx_phy_data_4 = tx_ip_data[((32*5)-1):(32*4)];
  assign tx_phy_kchar_4 = tx_ip_kchar[((4*5)-1):(4*4)];
  assign tx_phy_elecidle_4 = tx_ip_elecidle[4];
  assign tx_phy_lane_polarity_4 = tx_ip_lane_polarity[4];
  assign tx_phy_lane_powerdown_4 = tx_ip_lane_powerdown[4];
  end else begin
  assign tx_phy_data_4 = 32'd0;
  assign tx_phy_kchar_4 = 4'd0;
  assign tx_phy_elecidle_4 = 1'd0;
  assign tx_phy_lane_polarity_4 = 1'd0;
  assign tx_phy_lane_powerdown_4 = 1'd0;
  end
  endgenerate

  generate
  if (NUM_OF_LANES > 4) begin
  assign tx_phy_analogreset_4 = tx_core_analogreset[4];
  assign tx_phy_digitalreset_4 = tx_core_digitalreset[4];
  end else begin
  assign tx_phy_analogreset_4 = 1'd1;
  assign tx_phy_digitalreset_4 = 1'd1;
  end
  endgenerate

  assign tx_phy_bit_reversal_4 = tx_ip_bit_reversal;
  assign tx_phy_byte_reversal_4 = tx_ip_byte_reversal;

  generate
  if (NUM_OF_LANES > 5) begin
  assign tx_core_cal_busy[5] = tx_phy_cal_busy_5;
  assign tx_ip_cal_busy[5] = tx_phy_cal_busy_5;
  assign tx_ip_full[5] = tx_phy_full_5;
  assign tx_ip_empty[5] = tx_phy_empty_5;
  end
  endgenerate

  generate
  if (NUM_OF_LANES > 5) begin
  assign tx_phy_data_5 = tx_ip_data[((32*6)-1):(32*5)];
  assign tx_phy_kchar_5 = tx_ip_kchar[((4*6)-1):(4*5)];
  assign tx_phy_elecidle_5 = tx_ip_elecidle[5];
  assign tx_phy_lane_polarity_5 = tx_ip_lane_polarity[5];
  assign tx_phy_lane_powerdown_5 = tx_ip_lane_powerdown[5];
  end else begin
  assign tx_phy_data_5 = 32'd0;
  assign tx_phy_kchar_5 = 4'd0;
  assign tx_phy_elecidle_5 = 1'd0;
  assign tx_phy_lane_polarity_5 = 1'd0;
  assign tx_phy_lane_powerdown_5 = 1'd0;
  end
  endgenerate

  generate
  if (NUM_OF_LANES > 5) begin
  assign tx_phy_analogreset_5 = tx_core_analogreset[5];
  assign tx_phy_digitalreset_5 = tx_core_digitalreset[5];
  end else begin
  assign tx_phy_analogreset_5 = 1'd1;
  assign tx_phy_digitalreset_5 = 1'd1;
  end
  endgenerate

  assign tx_phy_bit_reversal_5 = tx_ip_bit_reversal;
  assign tx_phy_byte_reversal_5 = tx_ip_byte_reversal;

  generate
  if (NUM_OF_LANES > 6) begin
  assign tx_core_cal_busy[6] = tx_phy_cal_busy_6;
  assign tx_ip_cal_busy[6] = tx_phy_cal_busy_6;
  assign tx_ip_full[6] = tx_phy_full_6;
  assign tx_ip_empty[6] = tx_phy_empty_6;
  end
  endgenerate

  generate
  if (NUM_OF_LANES > 6) begin
  assign tx_phy_data_6 = tx_ip_data[((32*7)-1):(32*6)];
  assign tx_phy_kchar_6 = tx_ip_kchar[((4*7)-1):(4*6)];
  assign tx_phy_elecidle_6 = tx_ip_elecidle[6];
  assign tx_phy_lane_polarity_6 = tx_ip_lane_polarity[6];
  assign tx_phy_lane_powerdown_6 = tx_ip_lane_powerdown[6];
  end else begin
  assign tx_phy_data_6 = 32'd0;
  assign tx_phy_kchar_6 = 4'd0;
  assign tx_phy_elecidle_6 = 1'd0;
  assign tx_phy_lane_polarity_6 = 1'd0;
  assign tx_phy_lane_powerdown_6 = 1'd0;
  end
  endgenerate

  generate
  if (NUM_OF_LANES > 6) begin
  assign tx_phy_analogreset_6 = tx_core_analogreset[6];
  assign tx_phy_digitalreset_6 = tx_core_digitalreset[6];
  end else begin
  assign tx_phy_analogreset_6 = 1'd1;
  assign tx_phy_digitalreset_6 = 1'd1;
  end
  endgenerate

  assign tx_phy_bit_reversal_6 = tx_ip_bit_reversal;
  assign tx_phy_byte_reversal_6 = tx_ip_byte_reversal;

  generate
  if (NUM_OF_LANES > 7) begin
  assign tx_core_cal_busy[7] = tx_phy_cal_busy_7;
  assign tx_ip_cal_busy[7] = tx_phy_cal_busy_7;
  assign tx_ip_full[7] = tx_phy_full_7;
  assign tx_ip_empty[7] = tx_phy_empty_7;
  end
  endgenerate

  generate
  if (NUM_OF_LANES > 7) begin
  assign tx_phy_data_7 = tx_ip_data[((32*8)-1):(32*7)];
  assign tx_phy_kchar_7 = tx_ip_kchar[((4*8)-1):(4*7)];
  assign tx_phy_elecidle_7 = tx_ip_elecidle[7];
  assign tx_phy_lane_polarity_7 = tx_ip_lane_polarity[7];
  assign tx_phy_lane_powerdown_7 = tx_ip_lane_powerdown[7];
  end else begin
  assign tx_phy_data_7 = 32'd0;
  assign tx_phy_kchar_7 = 4'd0;
  assign tx_phy_elecidle_7 = 1'd0;
  assign tx_phy_lane_polarity_7 = 1'd0;
  assign tx_phy_lane_powerdown_7 = 1'd0;
  end
  endgenerate

  generate
  if (NUM_OF_LANES > 7) begin
  assign tx_phy_analogreset_7 = tx_core_analogreset[7];
  assign tx_phy_digitalreset_7 = tx_core_digitalreset[7];
  end else begin
  assign tx_phy_analogreset_7 = 1'd1;
  assign tx_phy_digitalreset_7 = 1'd1;
  end
  endgenerate

  assign tx_phy_bit_reversal_7 = tx_ip_bit_reversal;
  assign tx_phy_byte_reversal_7 = tx_ip_byte_reversal;

endmodule